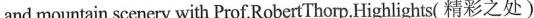
and mountain scenery with Prof.RobertThorp.Highlights( 精彩之处)